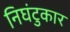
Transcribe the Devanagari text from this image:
निघंटुकार